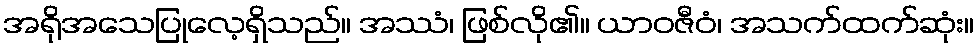
အရိုအသေပြုလေ့ရှိသည်။ အဿံ၊ ဖြစ်လို၏။ ယာဝဇီဝံ၊ အသက်ထက်ဆုံး။